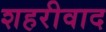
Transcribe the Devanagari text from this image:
शहरीवाद